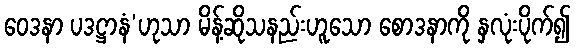
ဝေဒနာ ပဒဋ္ဌာနံ’ဟုသာ မိန့်ဆိုသနည်းဟူသော စောဒနာကို နှလုံးပိုက်၍